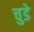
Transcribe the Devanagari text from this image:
चुडे